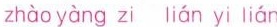
zhào yàng zi lián yi lián